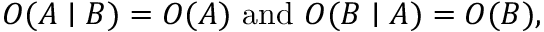
O ( A \mid B ) = O ( A ) { \mathrm { ~ a n d ~ } } O ( B \mid A ) = O ( B ) ,